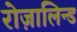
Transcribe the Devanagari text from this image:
रोज़ालिन्ड